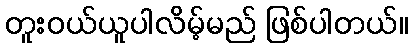
တူးဝယ်ယူပါလိမ့်မည် ဖြစ်ပါတယ်။